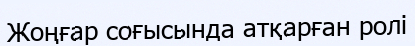
Жоңғар соғысында атқарған ролі